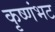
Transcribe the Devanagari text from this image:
कृष्णंभट